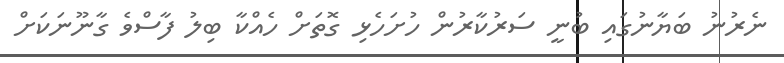
ނެރުނު ބަޔާނުގައި ބުނީ ސަރުކާރުން ހުށަހެޅި ގޮތަށް ހެއްކާ ބިލު ފާސްވެ ގާނޫނަކަށް